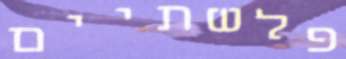
פלשתיים